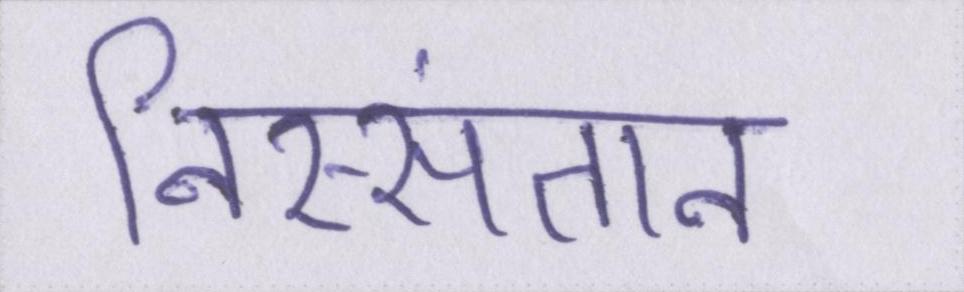
निस्संतान